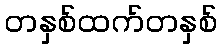
တနှစ်ထက်တနှစ်